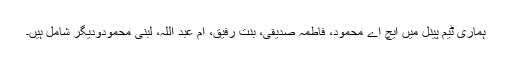
ہماری ٹیم پینل میں ایچ اے محمود، فاطمہ صدیقی، بنت رفیق، ام عبد اللہ، لبنیٰ محمودودیگر شامل ہیں۔